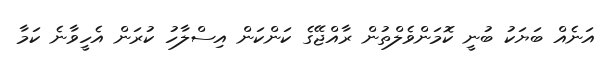
އަނެއް ބަޔަކު ބުނީ ކޮމަންވެލްތުން ރާއްޖޭގެ ކަންކަން އިސްލާހު ކުރަން އެހީވާނެ ކަމާ